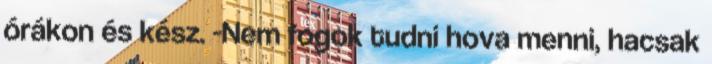
órákon és kész. -Nem fogok tudni hova menni, hacsak